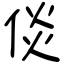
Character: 倓